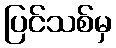
ပြင်သစ်မှ